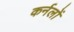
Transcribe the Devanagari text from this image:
कर्नलों